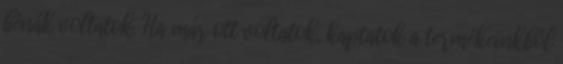
bénák voltatok. Ha már ott voltatok, kaptatok a termékeinkből